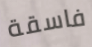
فاسقة